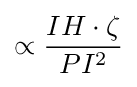
\propto {\frac {IH\cdot \zeta }{PI^{2}}}